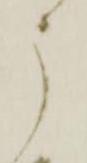
う